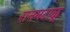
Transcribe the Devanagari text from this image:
रानमटाळू